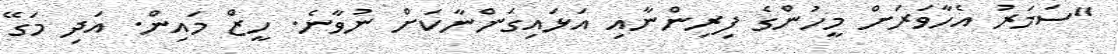
"ސަމަރު އެހާވަރަށް މީހުންގެ ފިރިންނާއި އަޅައިގަންނާކަށް ނުވާނެ. ހީޒް މައިން. އަދި މަގޭ